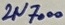
Text: 2N7000